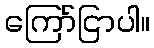
ကြော်ငြာပါ။